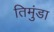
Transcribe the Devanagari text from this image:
तिमुंडा